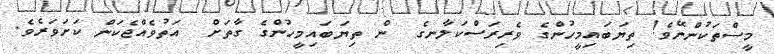
މީސްތަކުންނޭވެ! ތިޔަބައިމީހުންގެ ވެރިރަސްކަލާނގެ  ން ތިޔަބައިމީހުންގެ ގާތަށް  އަތުވެއްޖެކަން ކަށަވަރެވެ.